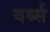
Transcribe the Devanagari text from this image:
वर्ब्स